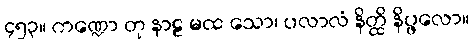
၄၅၃။ ကဏ္ဍော တု နာဠ မထ သော၊ ပလာလံ နိတ္ထိ နိပ္ဖလော။